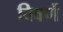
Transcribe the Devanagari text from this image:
विवर्णे